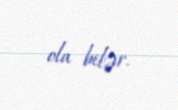
ola bilər.